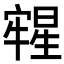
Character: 𣋀